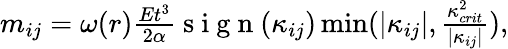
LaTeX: \begin{array}{r}{m_{ij}=\omega(r)\frac{Et^{3}}{2\alpha}\mathrm{~s~i~g~n~}(\kappa_{ij})\operatorname*{min}(|\kappa_{ij}|,\frac{\kappa_{crit}^{2}}{|\kappa_{ij}|}),}\end{array}